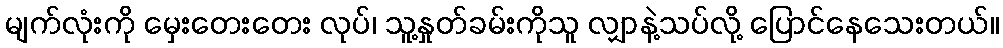
မျက်လုံးကို မှေးတေးတေး လုပ်၊ သူ့နှုတ်ခမ်းကိုသူ လျှာနဲ့သပ်လို့ ပြောင်နေသေးတယ်။